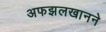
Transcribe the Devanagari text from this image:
अफझलखानने